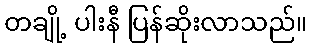
တချို့ ပါးနီ ပြန်ဆိုးလာသည်။